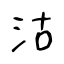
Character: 沽